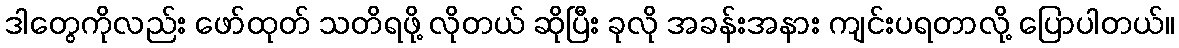
ဒါတွေကိုလည်း ဖော်ထုတ် သတိရဖို့ လိုတယ် ဆိုပြီး ခုလို အခန်းအနား ကျင်းပရတာလို့ ပြောပါတယ်။